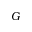
G